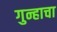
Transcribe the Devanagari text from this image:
गुन्हाचा